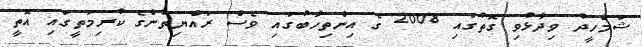
ޝަމްހީދު ވިދާޅުވި ގޮތުގައި 2008 ގެ އިންތިހާބުގައި ވެސް ރައްޔިތުންގެ ކުރިމަތީގައި އޮތީ